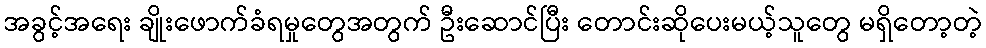
အခွင့်အရေး ချိုးဖောက်ခံရမှုတွေအတွက် ဦးဆောင်ပြီး တောင်းဆိုပေးမယ့်သူတွေ မရှိတော့တဲ့